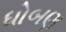
ધોબણ